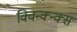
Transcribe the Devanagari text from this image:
क्विन्क्न्क्स